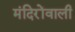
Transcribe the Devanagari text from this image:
मंदिरोंवाली